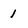
Character: 1